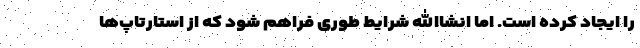
را ایجاد کرده است. اما انشاالله شرایط طوری فراهم شود که از استارتاپ‌ها